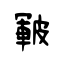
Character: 皸